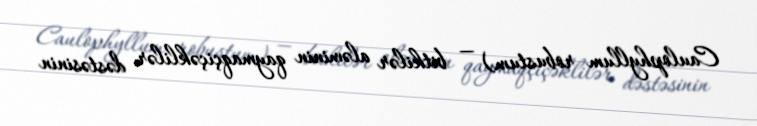
Caulophyllum robustum) — bitkilər aləminin qaymaqçiçəklilər dəstəsinin